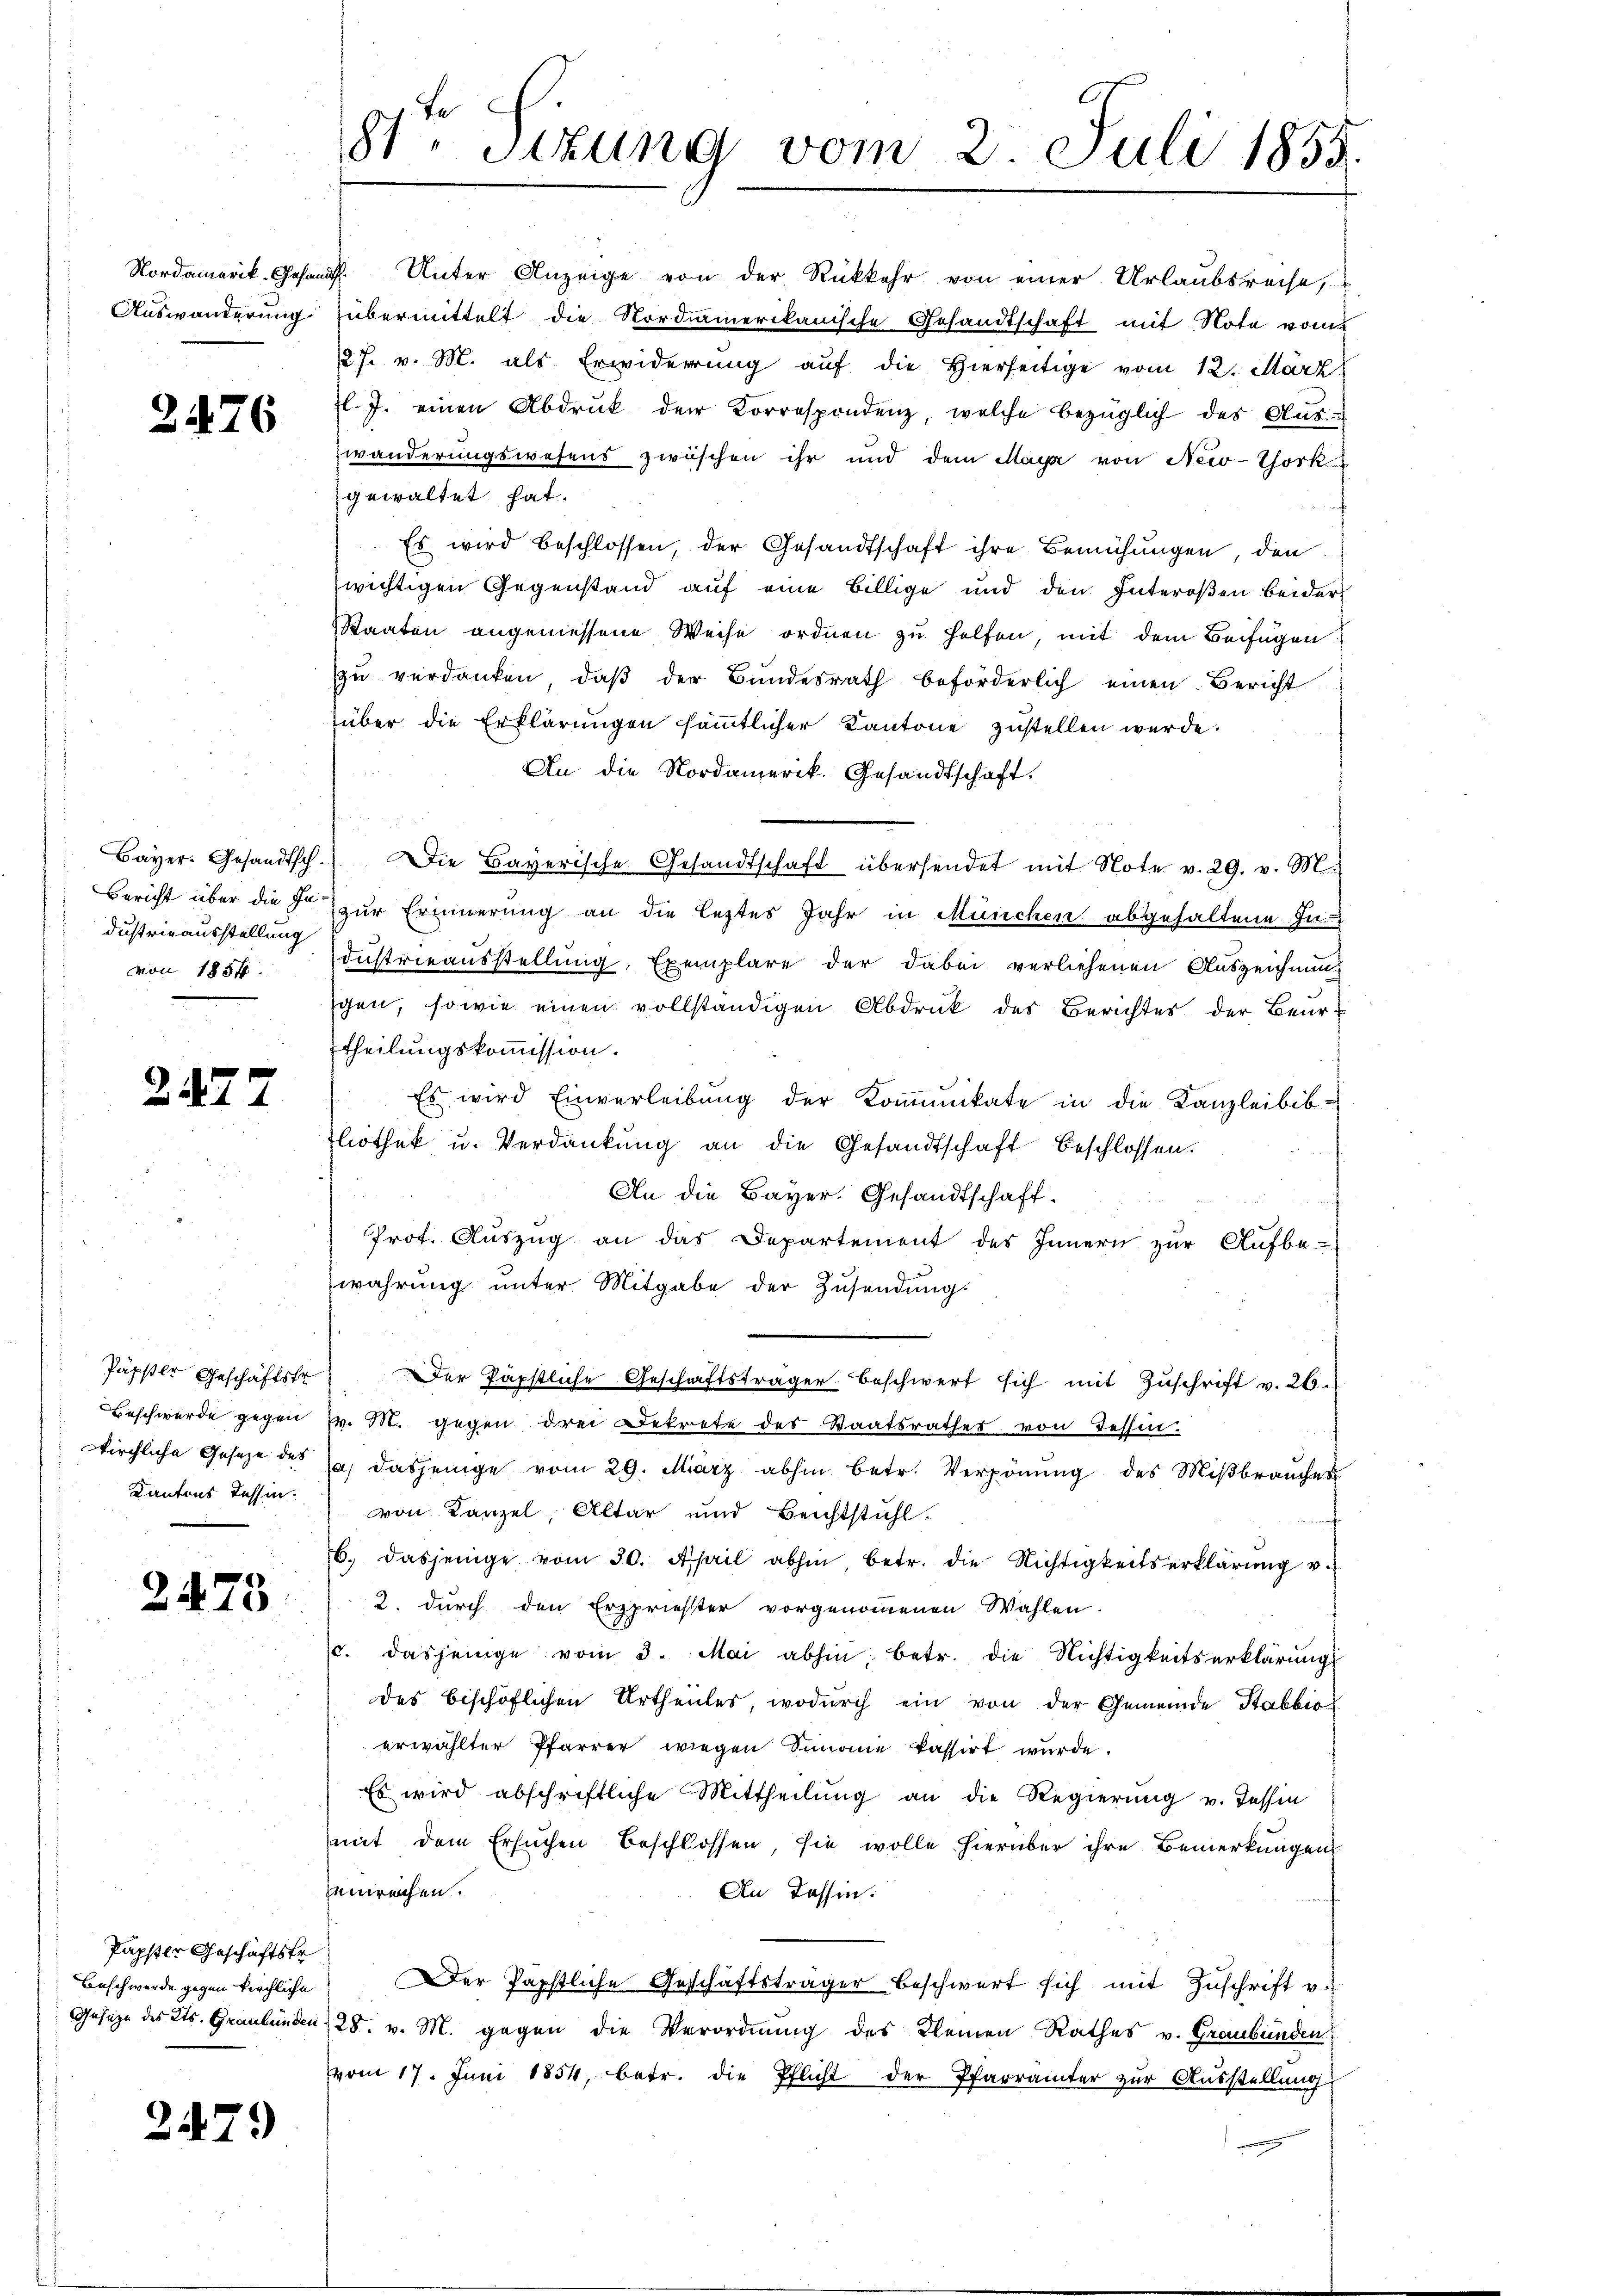
2476

dustrieausstellung
von 1854.

2477

2475.

Papster Geschäftstr

2479

81ten Sizung vom 2. Juli 1855.

über die Erklärungen sämmtlicher Kantone zustellen werde.
An die Nordamerik. Gesandtschaft.
Bayer. Gesandtsch. Die Bayerische Gesandtschaft übersendet mit Note v. 29. v. M.
Bericht über die So zur Erinnerung an die leztes Jahr in München abgehaltene In
dustrieausstellung, Exemplare der dabei verliehenen Auszeichnung
gen, sowie einen vollständigen Abdruck des Berichtes der Beurtheilungskommission.
Es wird Einverleibung der Kommunikate in die Kanzleibib-
fliothek u. Verdankŭng an die Gesandtschaft beschlossen.
An die Bayer. Gesandtschaft.
Prot. Auszug an das Departement des Innern zur Aufbe-
wahrung unter Mitgabe der Zusendung.
Päpster Geschäftstrer Päpstliche Geschäftsträger beschwert sich mit Zŭschrift v. 26.
Beschwerde gegen v. M. gegen drei Bekrete des Staatsrathes von Tessin.
Kirchliche Gesetze des Ja dasjenige vom 29. März abhin betr. Verpönŭng des Miβbraŭches
Kantons Tessin von Kanzel, Altar und Beichtstuhl.
6. dasjenige vom 30. April abhin, betr. die Nichtigkeitserklärung v.
2. durch den Erspriesster vorgenommenen Wahlen.
c. dasjenige vom 3. Mai abhin betr. die Nichtigkeitserklärungs
des bischöflichen Urtheiles, wodurch ein von der Gemeinde Stabbio
erwählter Pfarrer wiegen Simonie kassirt wurde.
Es wird abschriftliche Mittheilung an die Regierung u. Tessin
mit dem Ersuchen Beschlossen, sie wolle hierüber ihre Bemerkungen
zeinreichen.
An Tessin:
Beschwerde gegen kirchliche der Päpstliche Geschäftsträger beschwert sich mit Zŭschrift v.
Geseze des Kts. Graubünden 28. v. M. gegen die Verordnung des Kleinen Rathes v. Graubünden
vom 17. Juni 1854, betr. die Pflicht der Pfarrämter zur Ausstellung

Nordamerik. Gesandt. Unter Anzeige von der Rückkehr von einer Urlaubsreise,
Auswanderung übermittelt die Nordamerikanische Gesandtschaft mit Note vom
27. v. M. als Erwiderung auf die Hierseitige vom 12. März
l. J. einen Abdruck der Korrespondenz, welche bezüglich des Aus
zwänderungswesens zwischen ihr und dem May von New-York
gewaltet hat.
Es wird beschlossen, der Gesandtschaft ihre Bemühungen, den
wichtigen Gegenstand auf eine Billige und den Interosen beider
Staaten angemessene Weise ordnen zu helfen, mit dem Beifügen
zŭ verdanken, daβ der Bŭndesrath beförderlich einen Bericht